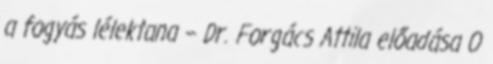
a fogyás lélektana – Dr. Forgács Attila előadása 0